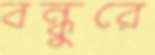
বন্ধুরে